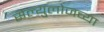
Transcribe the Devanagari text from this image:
सेल्युलोजच्या